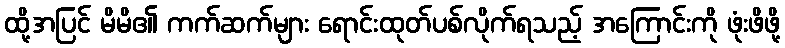
ထို့အပြင် မိမိ၏ ကက်ဆက်များ ရောင်းထုတ်ပစ်လိုက်ရသည့် အကြောင်းကို ဖုံးဖိဖို့